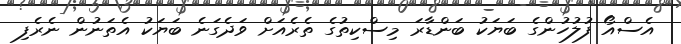
އެސްއޯ ފުލުހުންގެ ބަޔަކު ބަންޑާރަ މިސްކިތުގެ ތެރެއަށް ވަދެގަނެ ބަޔަކު އެތަނުން ނެރެފި